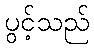
ပွင့်သည်